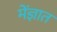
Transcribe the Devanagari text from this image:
मेंज्ञात